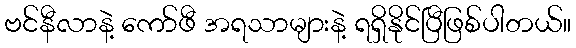
ဗင်နီလာနဲ့ ကော်ဖီ အရသာများနဲ့ ရရှိနိုင်ပြီဖြစ်ပါတယ်။